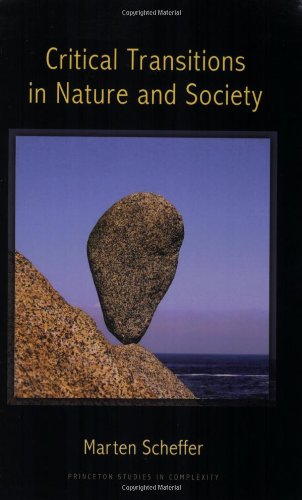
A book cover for Critical Transitions in Nature and Society: (Princeton Studies in Complexity); Marten Scheffer; Science & Math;